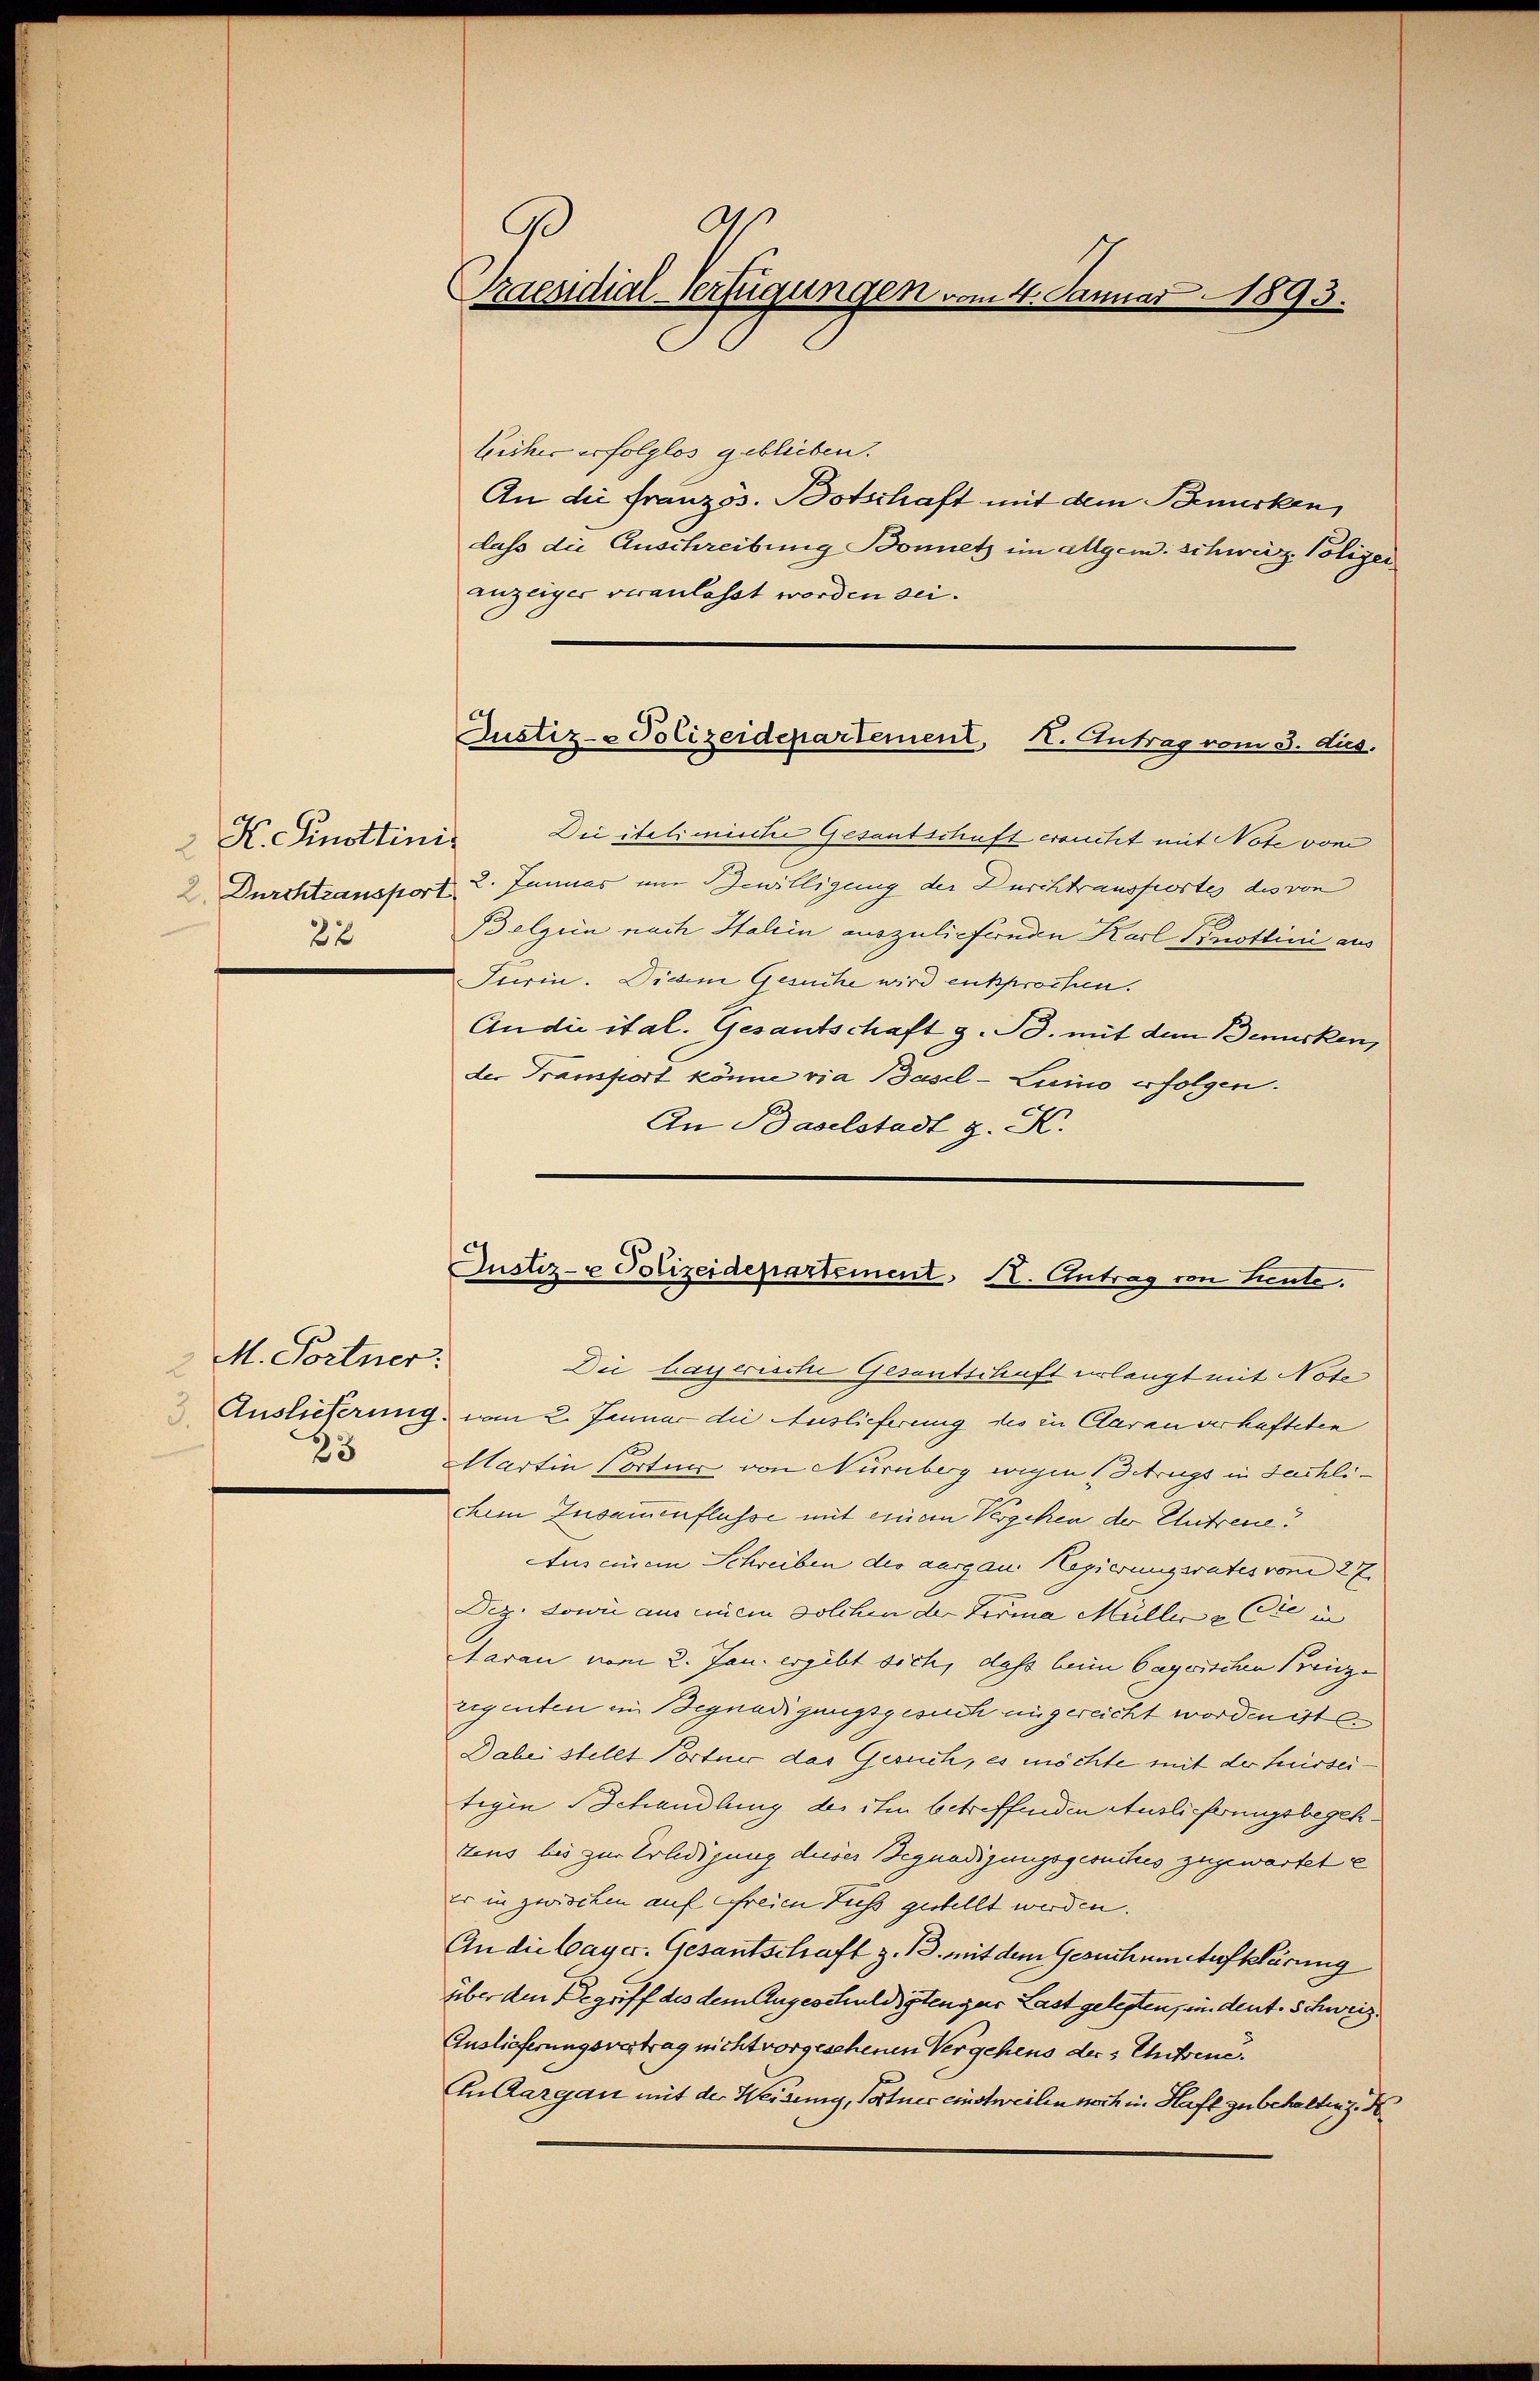
X. Knottinis
22

M. Fortner:
u
25

a
9
Praesidial-Verfügungen vom 4. Januar 1893.

licher erfolglos geblieben.
An die Französ. Botschaft mit dem Benücken
dass die Anschreibung Bonetz im allgem. schweiz Polizei
anzeiger veranlasst worden sei.
Dii itelimischer Gesantschaft erseitet mit Note von
2 Durchtransport 2. Januar um Bewilligung der Durchtrausfortes des von
Belgien nach Halein auszuliefernden Karl Pinottini aus
Turin. Didem Gesuche wird entsprochen.
An die ital. Gesantschaft z. B. mit dem Berücken,
der Transport könne via Basel-Luino erfolgen.
An Baselstadt z. K.
Die bayerische Gesantschaft erlangt mit Note
Auslieferung vom 2. Januar die Auslieferung des in Claran verhafteten
Hartin Cortner von Nürnberg wegen Betrugs in Fachlichem Zusammenflüsse mit einem Vergehen der Antreue?
Auseinem Schreiben des aargau Hegierungsrates vom 27.
Dez. Sowie aus einem solchen der Firma Müller & Cie in
Aarau vom 2. Jan. ergibt sich, dass beim Gagerschen Kreize
eigenten in Begnadigungsgesuch angereicht worden ist
Dabei stellt Portner das Gesuch, es möchte mit der Sesseitigen Schandlung des ihm betreffenden Auslieferungsbegehtens bis zur Erledigung dieses Begnadigungsgesuches zugewartet e
Er in zwischen auf freien Fuss gestellt werden.
An die Bayer. Gesantschaft z. B. mit dem Gesuch um Aufklärung
über den Begriff des dem Angeschuldigten zur Last gelegten, indent. Schweiz
Auslieferungsvertrag nicht vorgesehenen Vergehens ders Eheten.
In Aargau mit der Weisung, Tortner einstweilen noch in Haft zu behalten z. B

Justiz- & Polizeidepartement, I. Antrag vom 3. dus.

Justiz- & Polizeidepartement. I. Antrag von Leute.